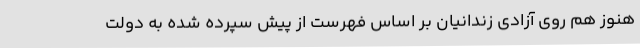
هنوز هم روی آزادی زندانیان بر اساس فهرست از پیش سپرده شده به دولت